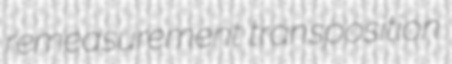
remeasurement transposition